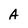
Character: A